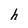
Character: h